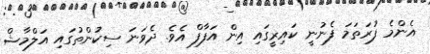
އެންމެ ފުރަތަމަ ފެނުނީ ކައިރީގައި އިން އަފާފް އެވެ. ދެވަނަ ސިކުންތުގައި އަލްމާޝް